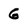
Character: G